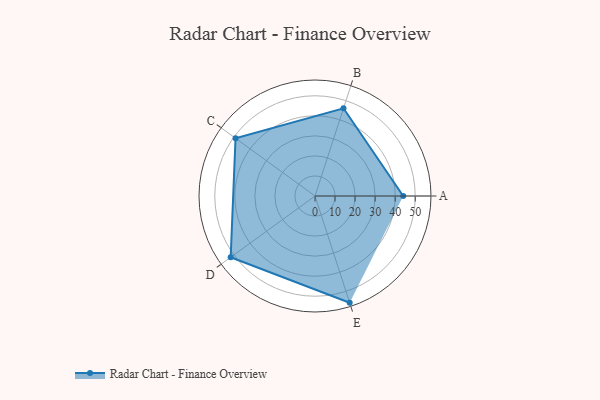
{"axis": {"x": "Skill", "y": "Score"}, "legend": ["Profile"], "data": [{"x": "A", "y": 44.0, "type": "Profile"}, {"x": "B", "y": 46.0, "type": "Profile"}, {"x": "C", "y": 49.0, "type": "Profile"}, {"x": "D", "y": 52.0, "type": "Profile"}, {"x": "E", "y": 56.0, "type": "Profile"}]}